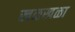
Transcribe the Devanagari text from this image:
खळखळा